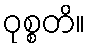
ဝုစ္စတိ။